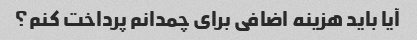
آیا باید هزینه اضافی برای چمدانم پرداخت کنم؟